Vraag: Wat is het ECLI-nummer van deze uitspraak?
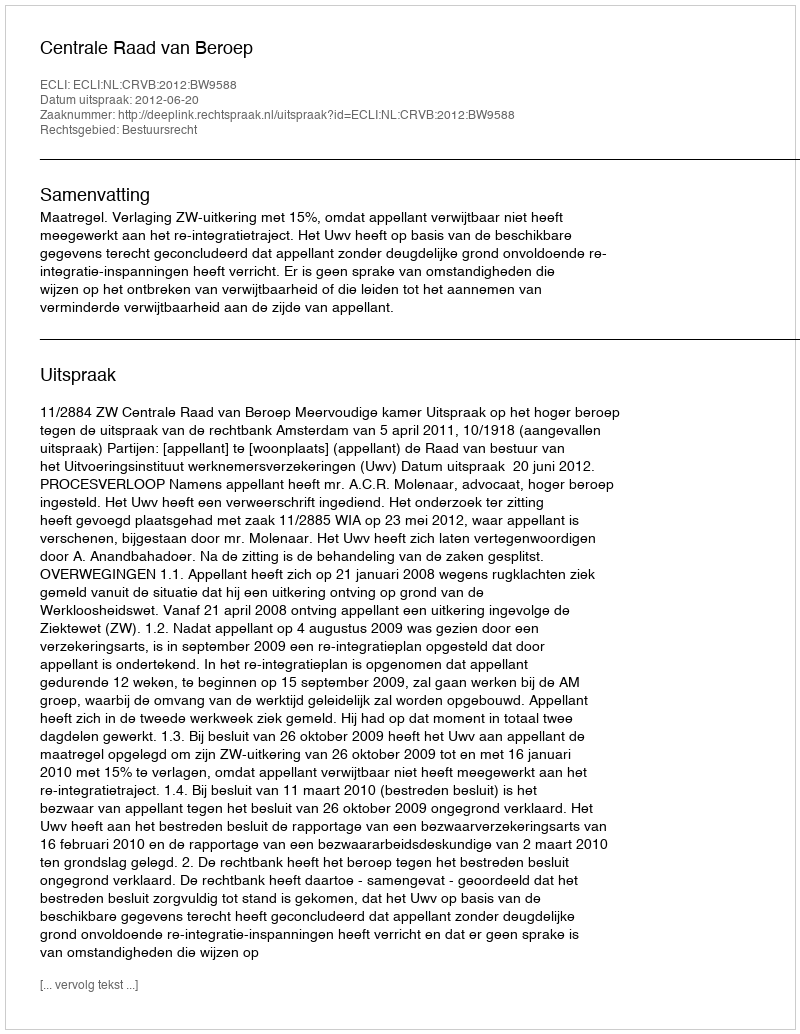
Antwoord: ECLI:NL:CRVB:2012:BW9588